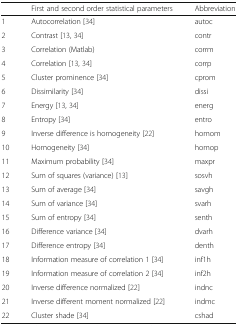
<table><thead><tr><td></td><td><b>First and second order statistical parameters</b></td><td><b>Abbreviation</b></td></tr></thead><tbody><tr><td>1</td><td>Autocorrelation [34]</td><td>autoc</td></tr><tr><td>2</td><td>Contrast [13, 34]</td><td>contr</td></tr><tr><td>3</td><td>Correlation (Matlab)</td><td>corrm</td></tr><tr><td>4</td><td>Correlation [13, 34]</td><td>corrp</td></tr><tr><td>5</td><td>Cluster prominence [34]</td><td>cprom</td></tr><tr><td>6</td><td>Dissimilarity [34]</td><td>dissi</td></tr><tr><td>7</td><td>Energy [13, 34]</td><td>energ</td></tr><tr><td>8</td><td>Entropy [34]</td><td>entro</td></tr><tr><td>9</td><td>Inverse difference is homogeneity [22]</td><td>homom</td></tr><tr><td>10</td><td>Homogeneity [34]</td><td>homop</td></tr><tr><td>11</td><td>Maximum probability [34]</td><td>maxpr</td></tr><tr><td>12</td><td>Sum of squares (variance) [13]</td><td>sosvh</td></tr><tr><td>13</td><td>Sum of average [34]</td><td>savgh</td></tr><tr><td>14</td><td>Sum of variance [34]</td><td>svarh</td></tr><tr><td>15</td><td>Sum of entropy [34]</td><td>senth</td></tr><tr><td>16</td><td>Difference variance [34]</td><td>dvarh</td></tr><tr><td>17</td><td>Difference entropy [34]</td><td>denth</td></tr><tr><td>18</td><td>Information measure of correlation 1 [34]</td><td>inf1h</td></tr><tr><td>19</td><td>Information measure of correlation 2 [34]</td><td>inf2h</td></tr><tr><td>20</td><td>Inverse difference normalized [22]</td><td>indnc</td></tr><tr><td>21</td><td>Inverse different moment normalized [22]</td><td>indmc</td></tr><tr><td>22</td><td>Cluster shade [34]</td><td>cshad</td></tr></tbody></table>